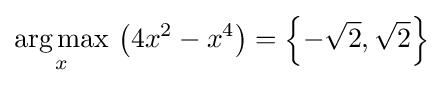
{\underset {x}{\operatorname {arg\,max} }}\,\left(4x^{2}-x^{4}\right)=\left\{-{\sqrt {2}},{\sqrt {2}}\right\}